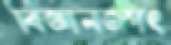
বিজ্ঞানজগত্